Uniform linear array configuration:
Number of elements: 32
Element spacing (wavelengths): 0.25
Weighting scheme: exponential
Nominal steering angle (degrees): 30
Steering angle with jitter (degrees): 30.278
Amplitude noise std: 0.05
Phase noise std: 0.05

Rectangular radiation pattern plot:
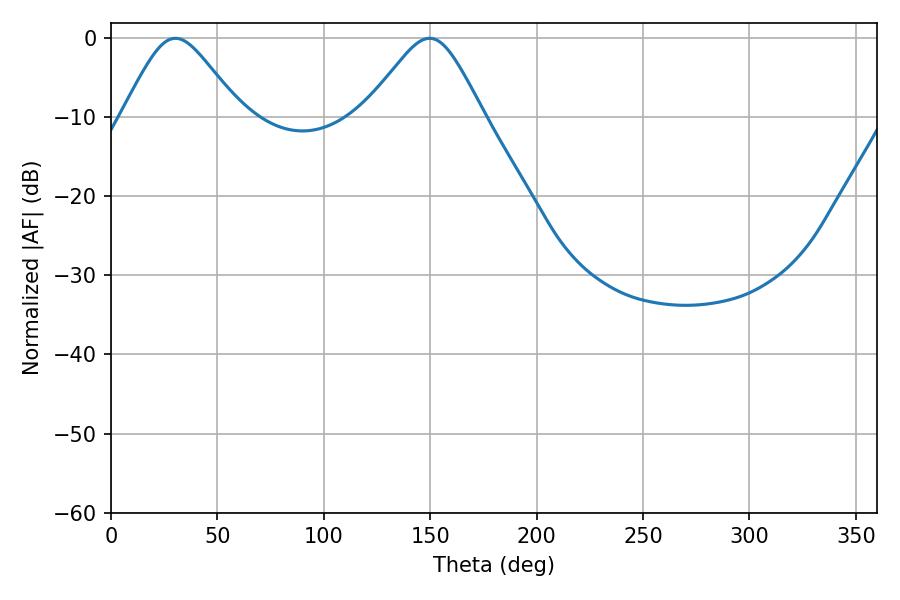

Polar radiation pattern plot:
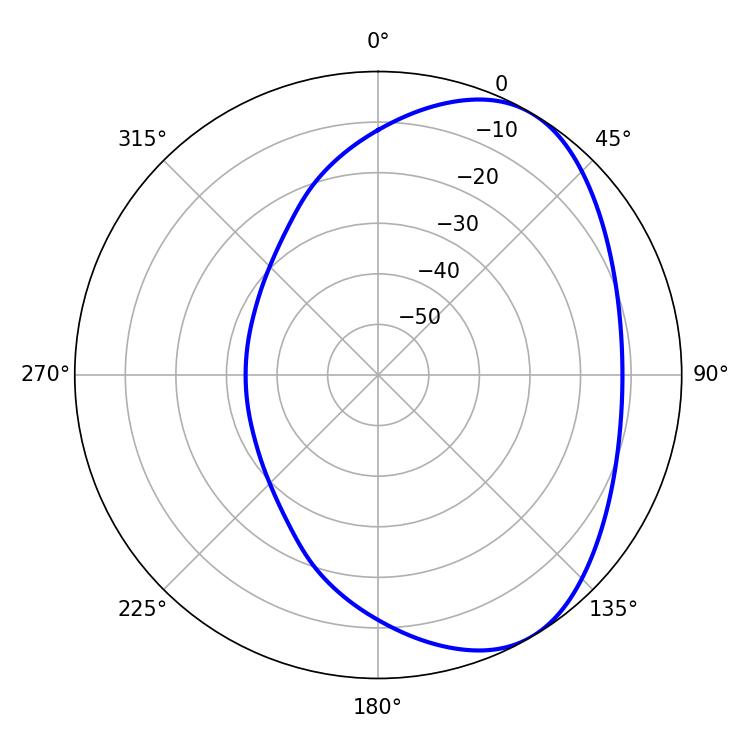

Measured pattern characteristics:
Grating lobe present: FALSE
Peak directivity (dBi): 5.023
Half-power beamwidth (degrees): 27.18
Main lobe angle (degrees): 30.24